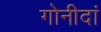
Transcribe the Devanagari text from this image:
गोनीदां